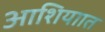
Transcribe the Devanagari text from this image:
आशियाात